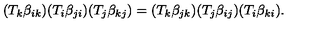
( T _ { k } \beta _ { i k } ) ( T _ { i } \beta _ { j i } ) ( T _ { j } \beta _ { k j } ) = ( T _ { k } \beta _ { j k } ) ( T _ { j } \beta _ { i j } ) ( T _ { i } \beta _ { k i } ) .